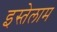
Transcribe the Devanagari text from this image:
इस्तेलाम